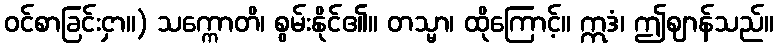
ဝင်စာခြင်းငှာ။) သက္ကောတိ၊ စွမ်းနိုင်၏။ တသ္မာ၊ ထိုကြောင့်။ ဣဒံ၊ ဤဈာန်သည်။